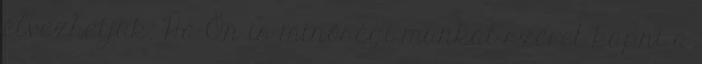
élvezhetjük. Ha Ön is minőségi munkát szeret kapni a